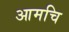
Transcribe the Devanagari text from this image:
आमचि